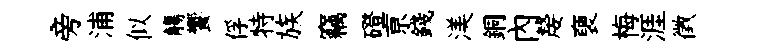
旁浦似觴饗俘特族竊磴亰錢渼銅內嫠褏梅涯徵